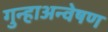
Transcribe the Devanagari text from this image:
गुन्हाअन्वेषण